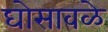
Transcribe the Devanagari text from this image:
घोसावळे